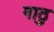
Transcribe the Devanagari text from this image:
गाठु